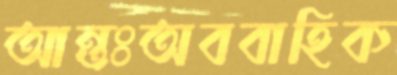
আন্তঃঅববাহিক